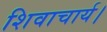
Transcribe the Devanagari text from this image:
शिवाचार्य।